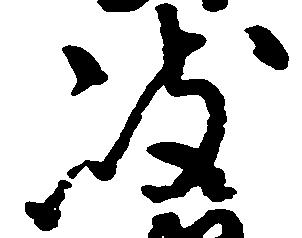
岐